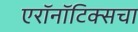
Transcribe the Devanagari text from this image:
एरॉनॉटिक्सचा